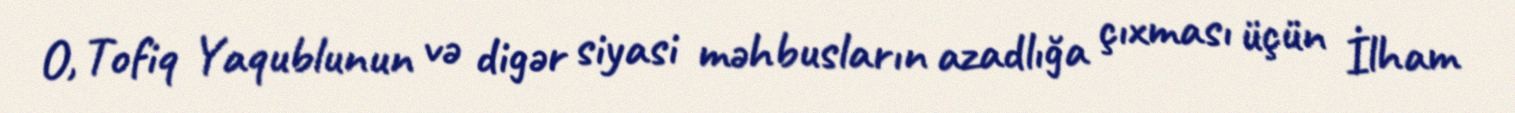
O, Tofiq Yaqublunun və digər siyasi məhbusların azadlığa çıxması üçün İlham